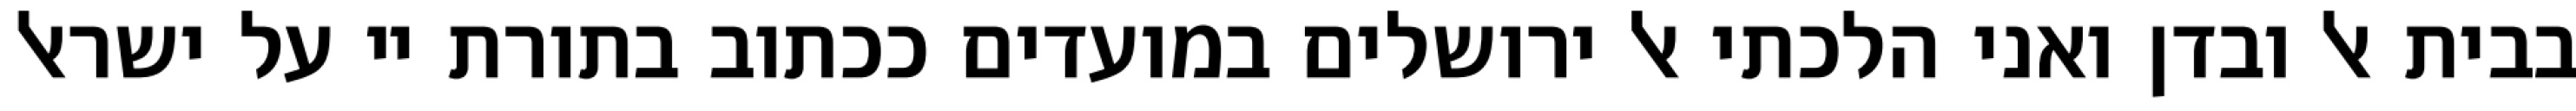
בבית אל ובדן ואני הלכתי אל ירושלים במועדים ככתוב בתורת יי על ישראל